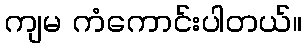
ကျမ ကံကောင်းပါတယ်။